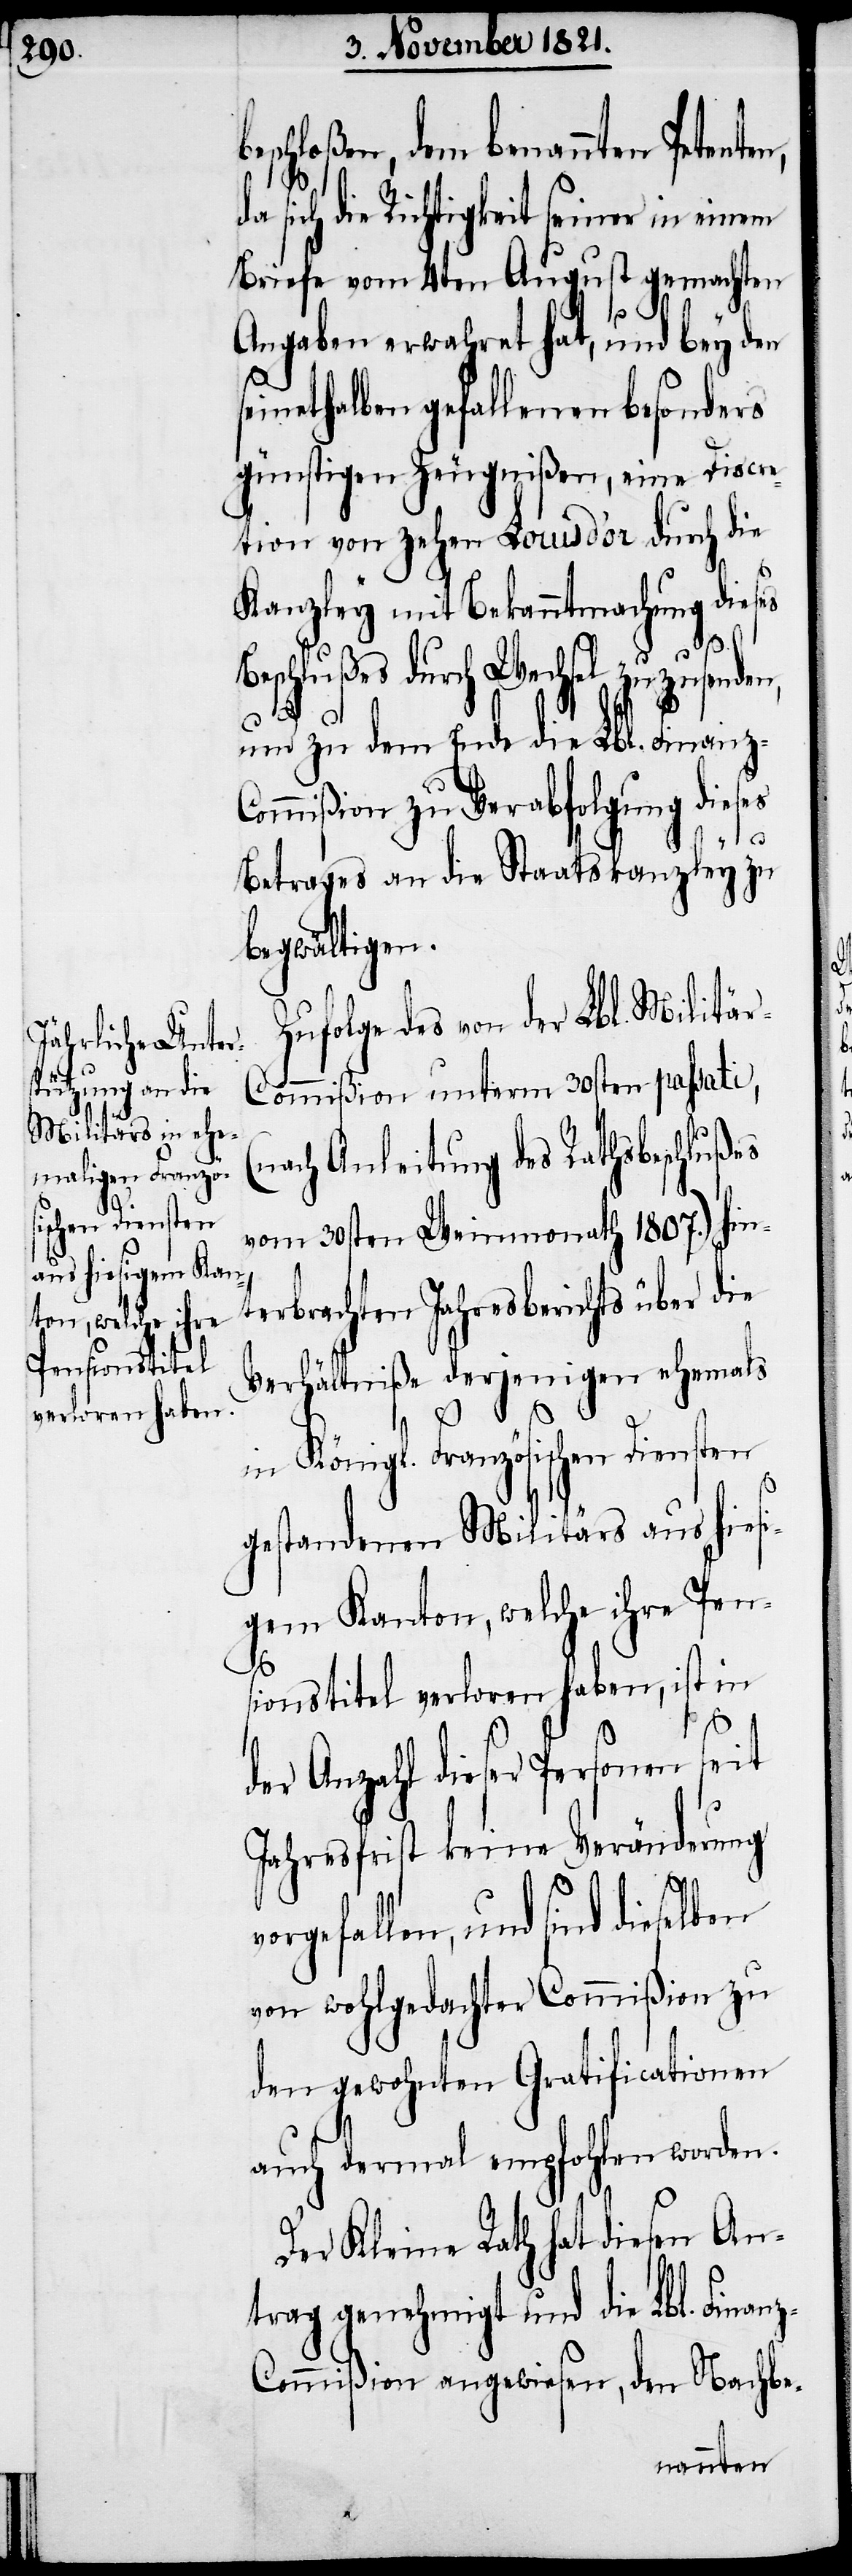
eschloßen, dem benannten Petente¬
sich die Richtigkeit seiner in einem
Briefe vom 4ten August gemachten
s¬
Angaben erwahret hat, und bey den
einethalben gefallenen besonders
günstigen Zeugnißen, eine Discre¬
tion von zehen Louis d‘or durch die
Kanzley mit Bekanntmachung dieses
und sind dieselben
und zu dem Ende die Lbl. Finanz-C¬
ommißion zu Verabfolgung dieses
da
Betrages an die Staatskanzley zu
begwältigen.
Zufolge des von der Lbl. Militä¬
r-Commißion unterm 30sten passati,
(nach Anleitung des Rathsbeschlußes
vom 30sten Weinmonath 1807.) hin¬
terbrachten Jahresberichts über die
Verhältniße derjenigen ehemals
in Königl. Französischen Diensten
gestandenen Militärs aus hiers¬
gem Kanton, welche ihre Pens¬
ionstitel verloren haben, ist in
eiti¬
der Anzahl dieser Personen seit
Jahresfrist keine Veränderung
von wohlgedachter Commißion zu
den gewohnten Gratificationen
auch dermal empfohlen worden.
Der Kleine Rath hat diesen An¬
Lbl. Finan¬
trag genehmigt und
z-Commißion angewiesen,
den Nachbe-
n,